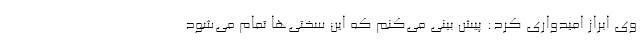
وی ابراز امیدواری کرد: پیش بینی می‌کنم که این سختی‌ها تمام می‌شود